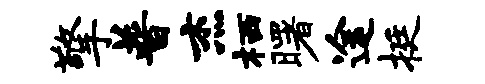
擎普杰栖曙途挺